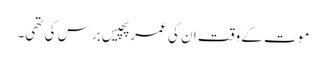
موت کے وقت ان کی عمر پچیس برس کی تھی۔